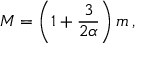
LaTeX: M = \left( 1 + \frac { 3 } { 2 \alpha } \right) m \, ,